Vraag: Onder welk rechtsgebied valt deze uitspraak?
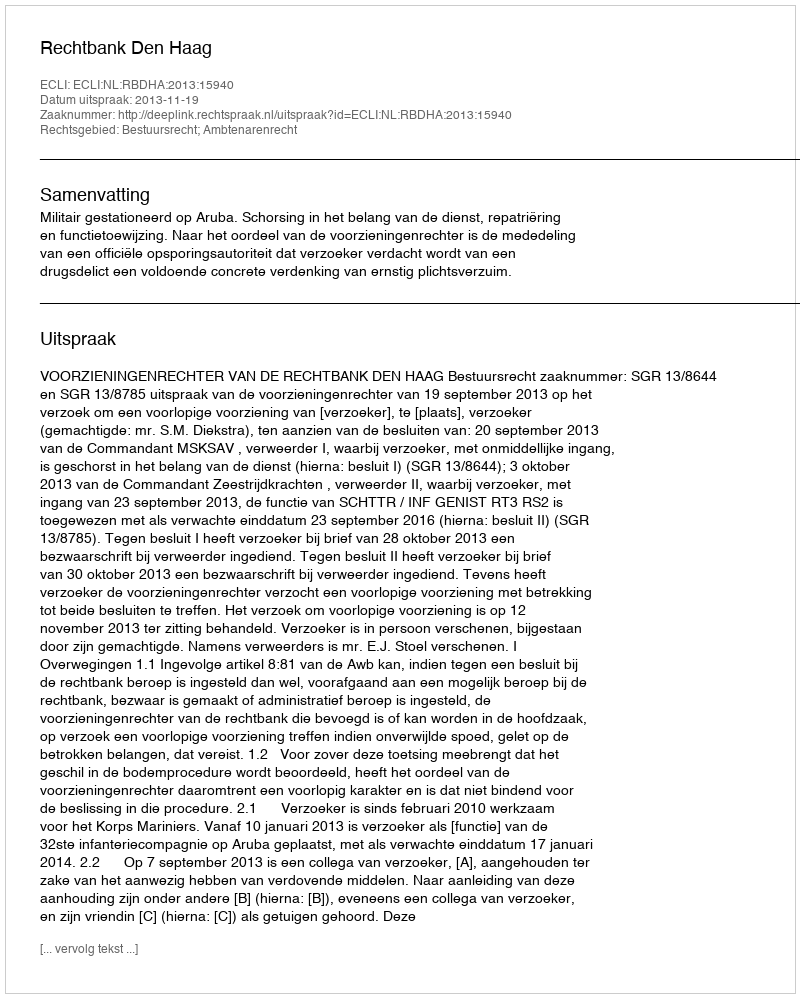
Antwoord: Bestuursrecht; Ambtenarenrecht